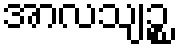
အာလသျဉ္စ